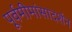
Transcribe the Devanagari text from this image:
पूर्वमीमांसादर्शन